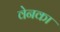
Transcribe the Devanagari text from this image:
वेनका